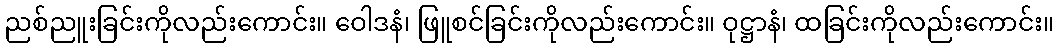
ညစ်ညူးခြင်းကိုလည်းကောင်း။ ဝေါဒနံ၊ ဖြူစင်ခြင်းကိုလည်းကောင်း။ ဝုဋ္ဌာနံ၊ ထခြင်းကိုလည်းကောင်း။